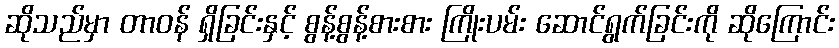
ဆိုသည်မှာ တာဝန် ရှိခြင်းနှင့် စွန့်စွန့်စားစား ကြိုးပမ်း ဆောင်ရွက်ခြင်းကို ဆိုကြောင်း